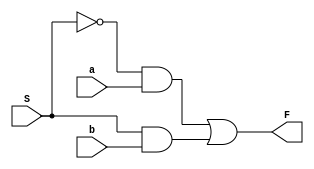
/*
____________ LAB 1 ____________
Module Multiplexer with:
	- Input: x2 components - a, b
	- Output: x1 component - F
	- 1 select - S
*/
module mux2to1(a,b,S,F);
	input a, b, S;
	output F;
	assign F=(~S&a)|(S&b);
endmodule